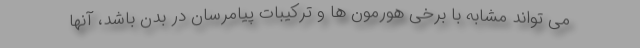
می تواند مشابه با برخی هورمون ها و ترکیبات پیامرسان در بدن باشد، آنها